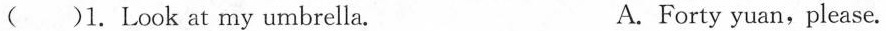
( )1. Look at my umbrella. A.Forty yuan,please.